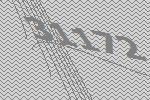
31172